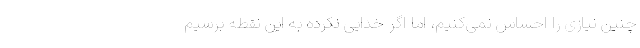
چنین نیازی را احساس نمی‌کنیم، اما اگر خدایی نکرده به این نقطه برسیم